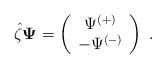
LaTeX: \begin{align*}\hat{\zeta}{\bf \Psi}=\left(\begin{array}{c}\Psi^{(+)}\\ -\Psi^{(-)} \end{array}\right)\;.\end{align*}